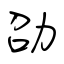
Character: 劭